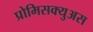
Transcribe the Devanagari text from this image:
प्रोमिसक्युअस